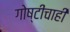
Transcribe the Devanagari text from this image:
गोष्टींचाही